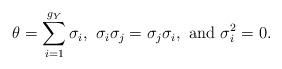
LaTeX: \begin{align*}\theta=\sum_{i=1}^{g_{Y}}\sigma_{i}, \mbox{ }\sigma_{i}\sigma_{j}= \sigma_{j}\sigma_{i}, \mbox{ and } \sigma_{i}^{2}=0.\end{align*}